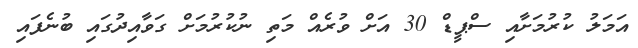
އަމަލު ކުރުމަށާއި ސްޕީޑް 30 އަށް ވުރެއް މަތި ނުކުރުމަށް ގަވާއިދުގައި ބުނެފައި